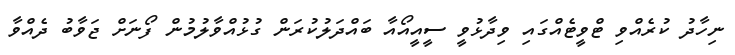
ނިހާދު ކުރެެއްވި ޓްވީޓެއްގައި ވިދާޅުވީ ސީއީއޯއާ ބައްދަލުކުރަން ގުޅުއްވާލުމުން ފޯނަށް ޖަވާބު ދެއްވާ